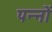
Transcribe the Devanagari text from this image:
पन्‍नों